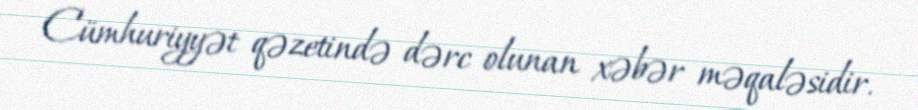
Cümhuriyyət qəzetində dərc olunan xəbər məqaləsidir.